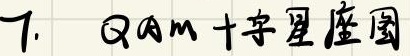
7. QAM 十字星座图